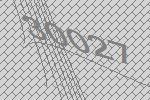
30027